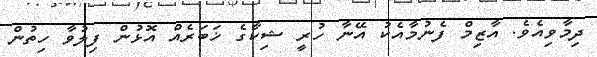
ދިމާވިއެވެ. އާޒިމް ފެނުމާއެކު އޭނާ ހުރީ ޝިކާގެ ޚަބަރެެއް އޮޅުން ފިލުވާ ހިތުން